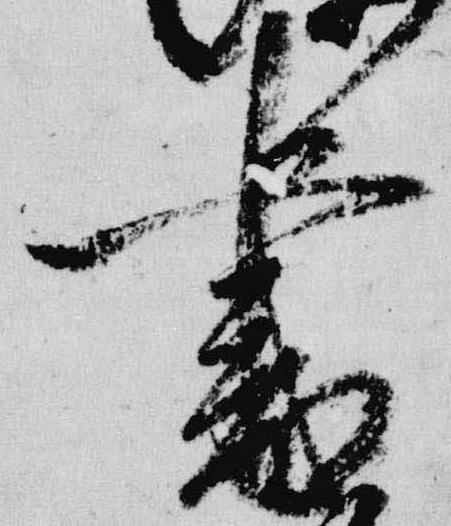
書